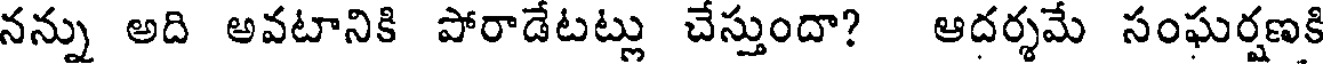
నన్ను అది అవటానికి పోరాడేటట్లు చేస్తుందా? ఆదర్శమే సంఘర్షణకి